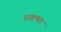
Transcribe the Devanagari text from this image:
वाहणार